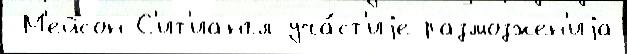
 М'ейсон-С'ит'иангл уча́ст'иjе размозжен'иjа